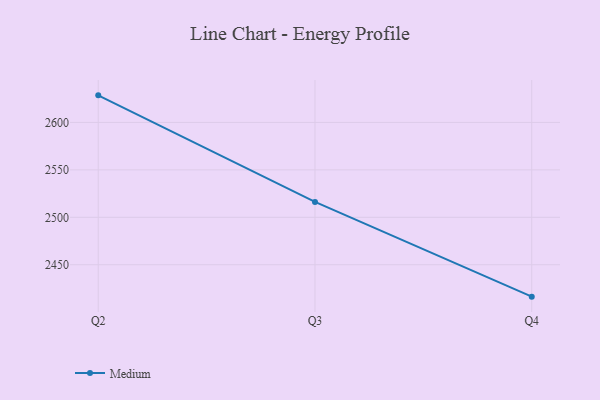
{"axis": {"x": "Quarter", "y": "Headcount"}, "legend": ["Medium"], "data": [{"x": "Q2", "y": 2628.5, "type": "Medium"}, {"x": "Q3", "y": 2516.2, "type": "Medium"}, {"x": "Q4", "y": 2416.4, "type": "Medium"}]}